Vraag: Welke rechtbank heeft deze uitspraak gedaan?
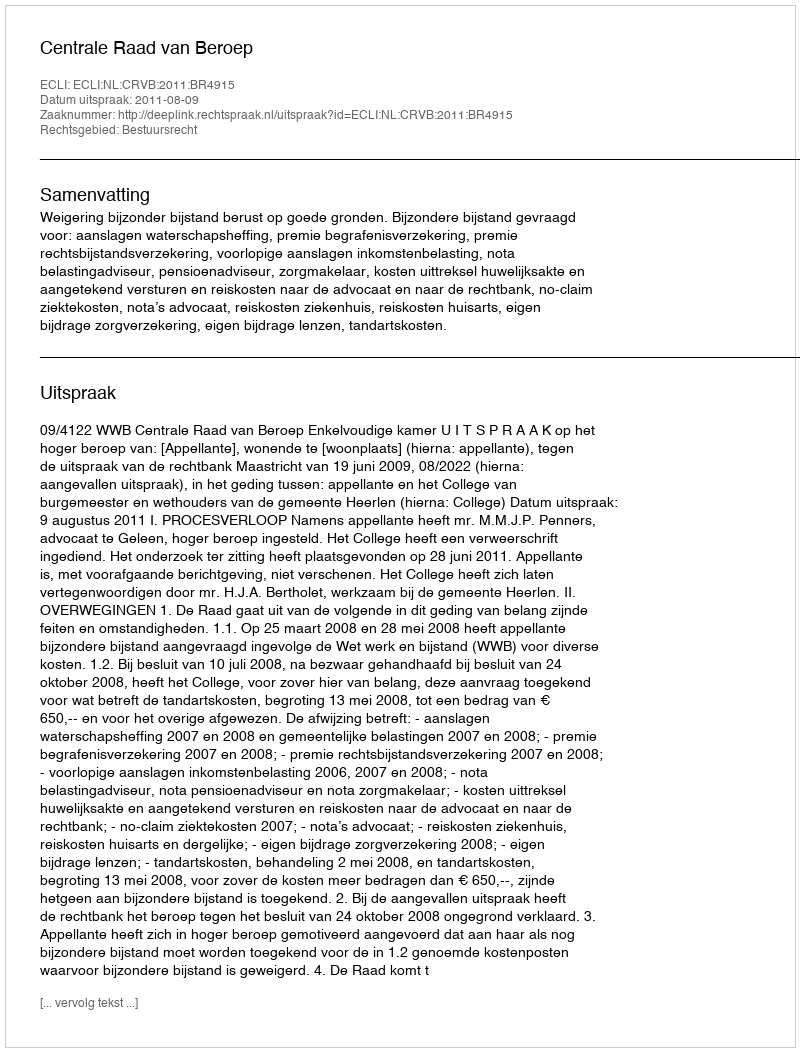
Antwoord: Centrale Raad van Beroep